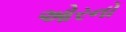
ઓરનો